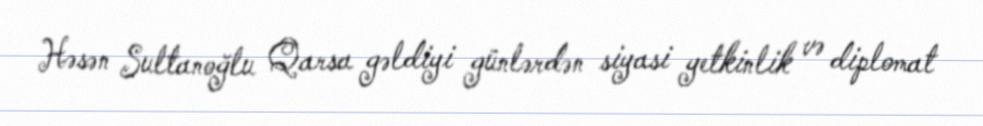
Həsən Sultanoğlu Qarsa gəldiyi günlərdən siyasi yetkinlik və diplomat